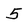
Character: 5